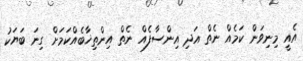
އެއީ މިނިވަން ކަމެއް ނެތް އަދި އިންސާފެއް ނެތް އިންތިޚާބެއްކަމަށް ގިނަ ބަޔަކު